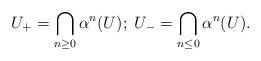
LaTeX: \begin{align*}U_+ = \bigcap_{n \ge 0}\alpha^n(U); \; U_- = \bigcap_{n \le 0}\alpha^n(U).\end{align*}